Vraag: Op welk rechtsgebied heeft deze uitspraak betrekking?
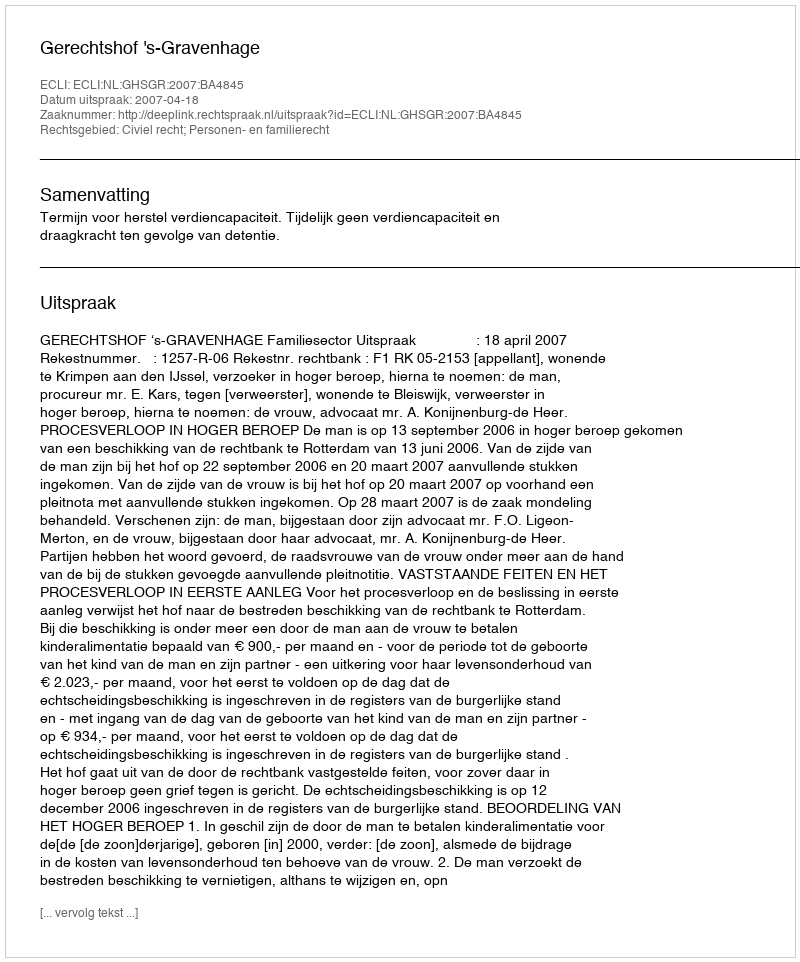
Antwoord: Civiel recht; Personen- en familierecht